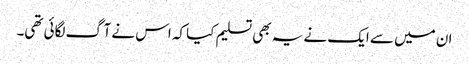
ان میں سے ایک نے یہ بھی تسلیم کیا کہ اس نے آگ لگائی تھی۔